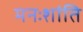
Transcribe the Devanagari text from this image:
मनःशांति